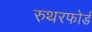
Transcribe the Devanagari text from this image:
रुथरफोर्ड